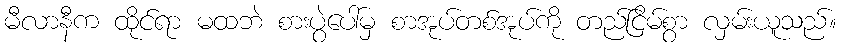
မီလာနီက ထိုင်ရာ မထဘဲ စားပွဲပေါ်မှ စာအုပ်တစ်အုပ်ကို တည်ငြိမ်စွာ လှမ်းယူသည်။